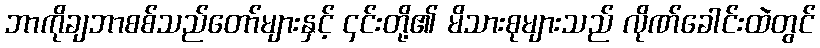
ဘာကိုချဘာစစ်သည်တော်များနှင့် ၄င်းတို့၏ မိသားစုများသည် လိုဏ်ခေါင်းထဲတွင်